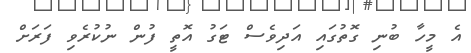
އެ މީހާ ބުނި ގޮތުގައި އަދިވެސް ޓަގު އޮތީ ފުން ނުކުރެވި ފަރަށް